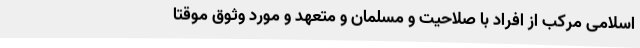
اسلامی‌ مرکب‌ از افراد با صلاحیت‌ و مسلمان‌ و متعهد و مورد وثوق موقتاً